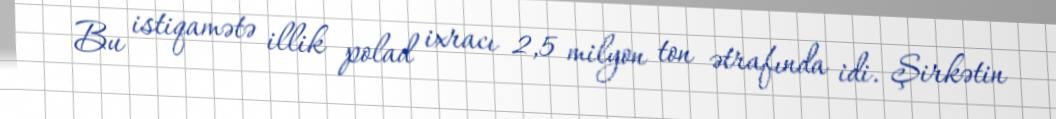
Bu istiqamətə illik polad ixracı 2,5 milyon ton ətrafında idi. Şirkətin